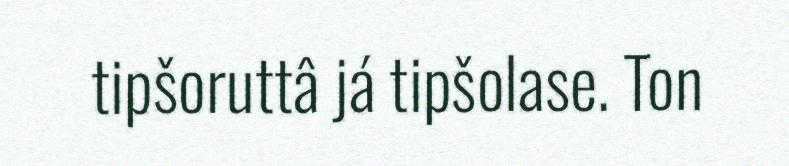
tipšoruttâ já tipšolase. Ton